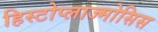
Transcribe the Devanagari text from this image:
हिस्टोप्लाज्मोसिस